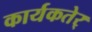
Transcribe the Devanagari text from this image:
कार्यकतेर्